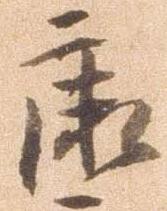
康